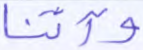
وآتنا